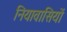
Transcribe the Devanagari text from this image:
नियावासियों